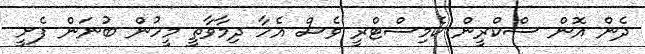
ދެން އޮން ސްކްރީން ކެމިސްޓްރީ ވެސް އެހާ ދިމާވާތީ މީހުން ބުނަން ފެށީ